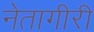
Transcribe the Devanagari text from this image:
नेतागीरी